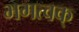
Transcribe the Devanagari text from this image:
भगत्वक्